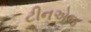
ટીનએજ